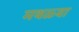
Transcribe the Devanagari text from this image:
मथळ्या